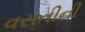
વસતીની